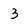
Character: 3